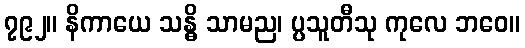
၇၉၂။ နိကာယေ သန္ဓိ သာမည၊ ပ္ပသူတီသု ကုလေ ဘဝေ။